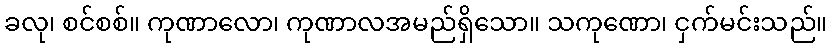
ခလု၊ စင်စစ်။ ကုဏာလော၊ ကုဏာလအမည်ရှိသော။ သကုဏော၊ ငှက်မင်းသည်။